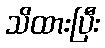
သိထားပြီး